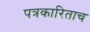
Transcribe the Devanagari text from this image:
पत्रकारिताच